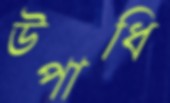
উপাধি